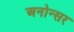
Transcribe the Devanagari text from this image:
अनोन्सर